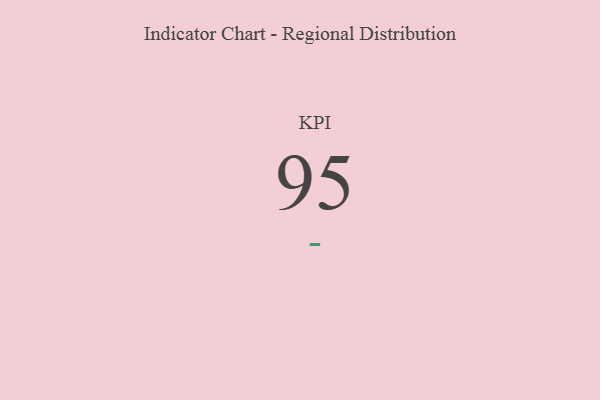
{"axis": {"x": "KPI", "y": "Value"}, "legend": [""], "data": [{"x": "KPI", "y": 95, "type": ""}]}